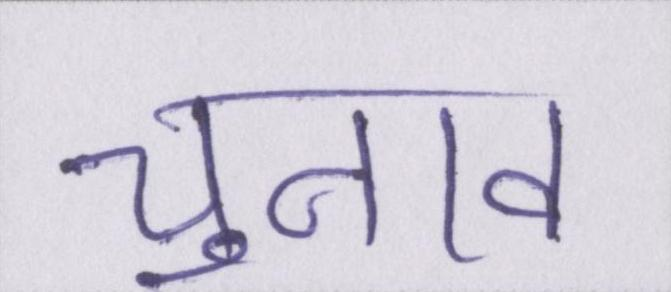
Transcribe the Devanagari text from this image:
चुनाव